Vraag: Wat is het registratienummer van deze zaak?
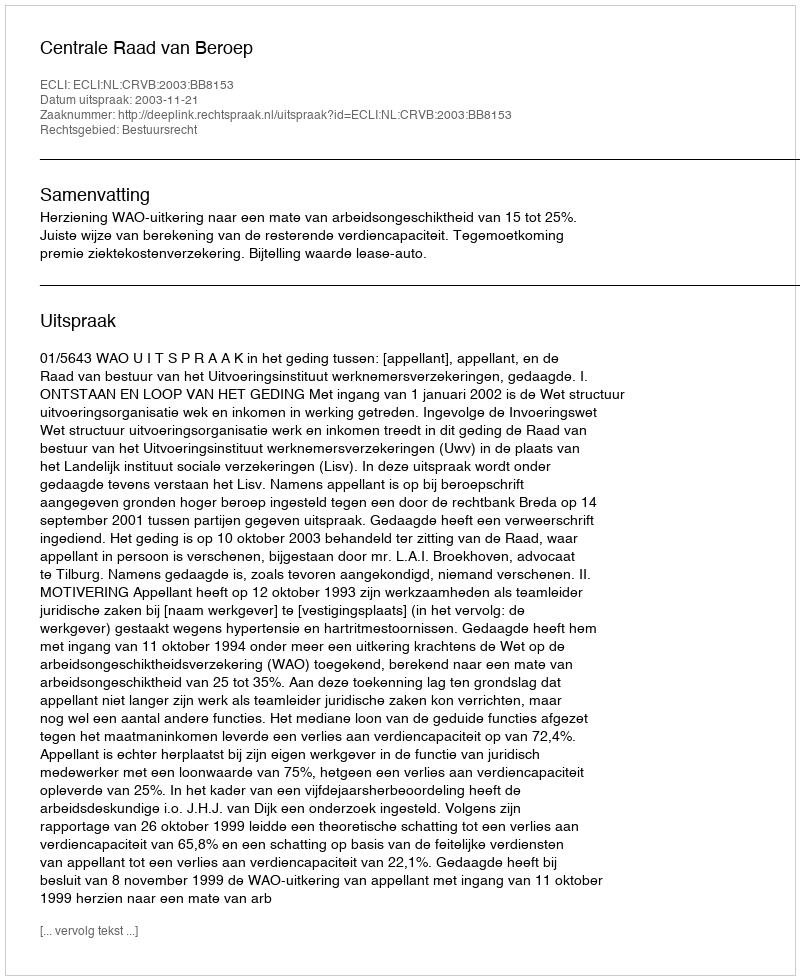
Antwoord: http://deeplink.rechtspraak.nl/uitspraak?id=ECLI:NL:CRVB:2003:BB8153